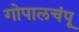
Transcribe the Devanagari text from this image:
गोपालचंपू